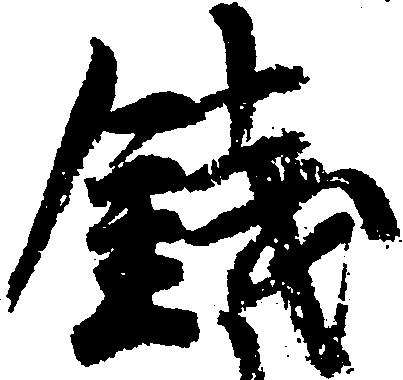
銭